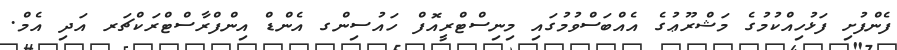
ފެންފުށި ފަޅުހިއްކުމުގެ މަޝްރޫޢުގެ އެއްބަސްވުމުގައި މިނިސްޓްރީއޮފް ހައުސިންގ އެންޑް އިންފްރާސްޓްރަކްޗަރ އަދި އެމް.